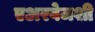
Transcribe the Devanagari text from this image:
एअरवेजशी